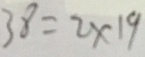
3 8 = 2 \times 1 9